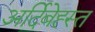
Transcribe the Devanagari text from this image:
अर्दिबेह्स्त